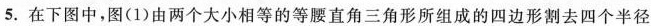
5.在下图中，图(1)由两个大小相等的等腰直角三角形所组成的四边形割去四个半径